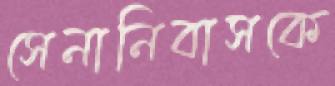
সেনানিবাসকে